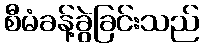
စီမံခန့်ခွဲခြင်းသည်